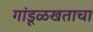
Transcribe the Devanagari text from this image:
गांडूळखताचा